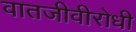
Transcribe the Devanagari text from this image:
वातजीवीरोधी